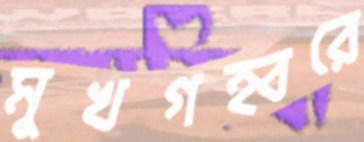
মুখগহ্বরে